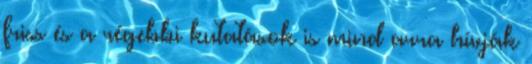
friss és a régebbi kutatások is mind arra hívják